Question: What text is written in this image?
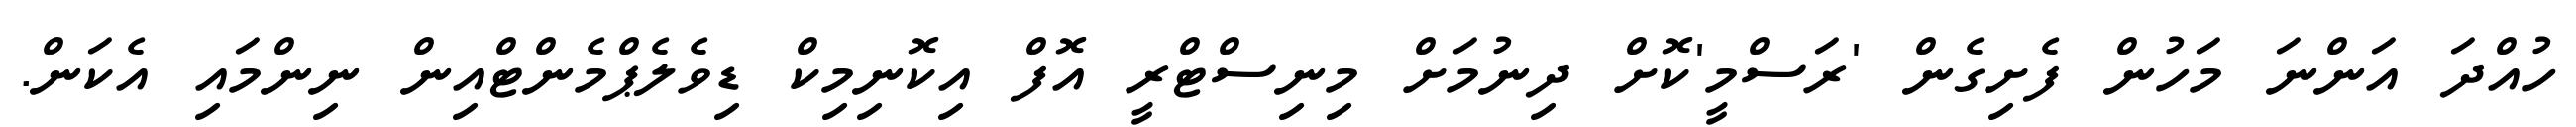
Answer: ހުއްދަ އަންނަ މަހުން ފެށިގެން 'ރަސްމީ'ކޮށް ދިނުމަށް މިނިސްޓްރީ އޮފް އިކޮނިމިކް ޑިވެލެޕްމެންޓްއިން ނިންމައި އެކަން.